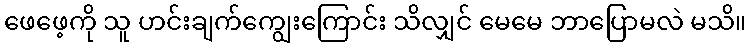
ဖေဖေ့ကို သူ ဟင်းချက်ကျွေးကြောင်း သိလျှင် မေမေ ဘာပြောမလဲ မသိ။